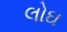
લોઘ